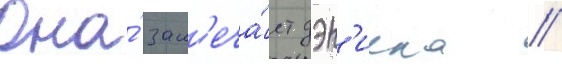
Она́ зам'еча́ет дэн'иела /